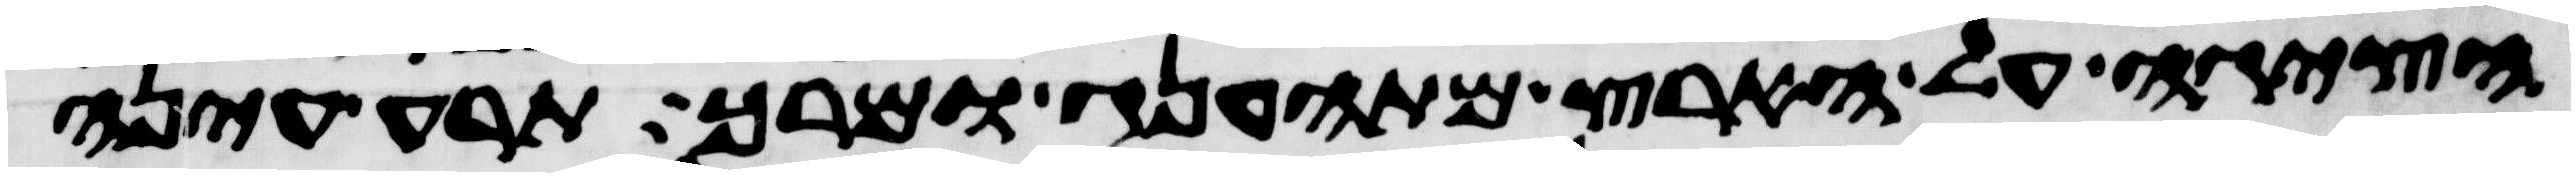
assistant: הציגה על הארץ מהתענג ומרך תרע עינה